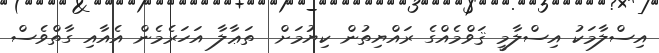
އިސްލާމަކު އިސްލާމީ ޤަވްމެއްގެ ރައްޔިތުން ކިޔުމަށް  ތަޢާލާ އަހަރެމެން އެއާއި ގާތްވެސް